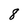
Character: 8